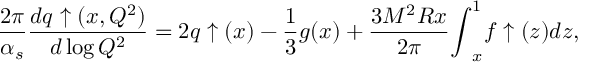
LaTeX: \frac { 2 \pi } { \alpha _ { s } } \frac { d q \uparrow ( x , Q ^ { 2 } ) } { d \log Q ^ { 2 } } = 2 q \uparrow ( x ) - \frac { 1 } { 3 } g ( x ) + \frac { 3 M ^ { 2 } R x } { 2 \pi } { \int } _ { x } ^ { 1 } f \uparrow ( z ) d z ,